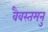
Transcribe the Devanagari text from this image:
वैवस्तमनु